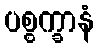
ပစ္စက္ခာနံ